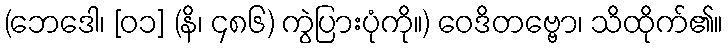
(ဘေဒေါ၊ [၀၁] (နိ၊ ၄၈၆) ကွဲပြားပုံကို။) ဝေဒိတဗ္ဗော၊ သိထိုက်၏။